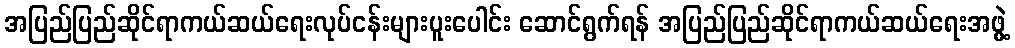
အပြည်ပြည်ဆိုင်ရာကယ်ဆယ်ရေးလုပ်ငန်းများပူးပေါင်း ဆောင်ရွက်ရန် အပြည်ပြည်ဆိုင်ရာကယ်ဆယ်ရေးအဖွဲ့